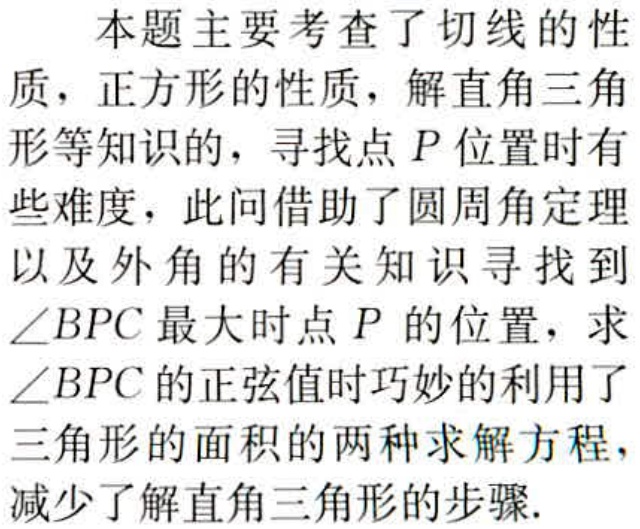
本题主要考查了切线的性质，正方形的性质，解直角三角形等知识的，寻找点\(P\)位置时有些难度，此问借助了圆周角定理以及外角的有关知识寻找到\(\angle BPC\)最大时点\(P\)的位置，求\(\angle BPC\)的正弦值时巧妙的利用了三角形的面积的两种求解方程，减少了解直角三角形的步骤.